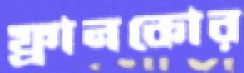
ফ্রানকোর